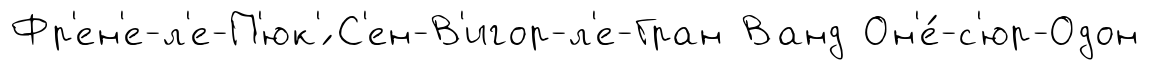
Фр'ен'е-л'е-П'юк'́ С'ен-В'игор-л'е-Гран Ванд Он'е́-с'юр-Одон